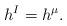
LaTeX: \begin{gather*}h^I=h^{\mu}.\end{gather*}